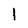
Character: I